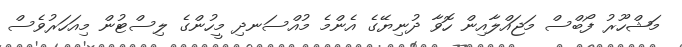
މަޝްހޫރު ފޯބްސް މަޖައްލާއިން ހޮވާ ދުނިޔޭގެ އެންމެ މުއްސަނދި މީހުންގެ ލިސްޓުން މިއަހަރުވެސް